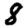
Digit: 8